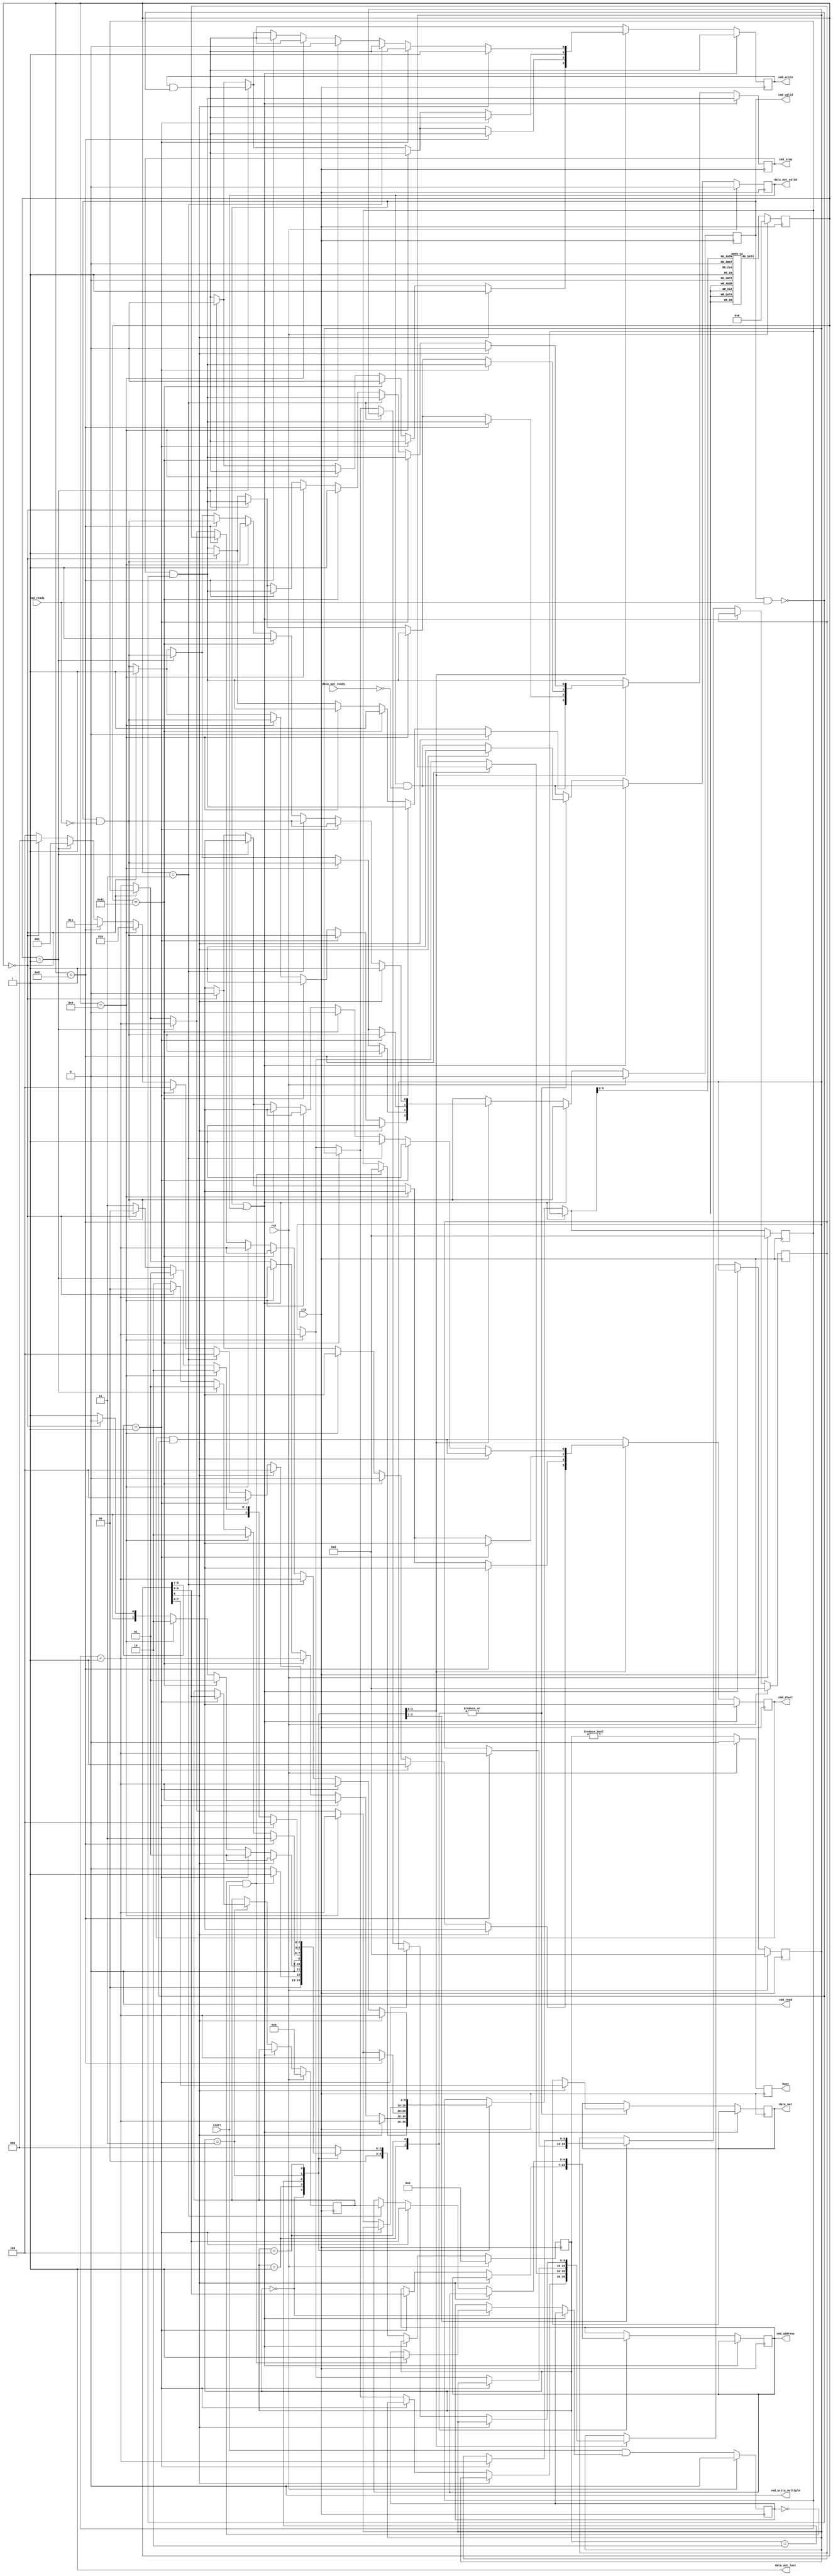
/*

Copyright (c) 2015-2017 Alex Forencich

Permission is hereby granted, free of charge, to any person obtaining a copy
of this software and associated documentation files (the "Software"), to deal
in the Software without restriction, including without limitation the rights
to use, copy, modify, merge, publish, distribute, sublicense, and/or sell
copies of the Software, and to permit persons to whom the Software is
furnished to do so, subject to the following conditions:

The above copyright notice and this permission notice shall be included in
all copies or substantial portions of the Software.

THE SOFTWARE IS PROVIDED "AS IS", WITHOUT WARRANTY OF ANY KIND, EXPRESS OR
IMPLIED, INCLUDING BUT NOT LIMITED TO THE WARRANTIES OF MERCHANTABILITY
FITNESS FOR A PARTICULAR PURPOSE AND NONINFRINGEMENT. IN NO EVENT SHALL THE
AUTHORS OR COPYRIGHT HOLDERS BE LIABLE FOR ANY CLAIM, DAMAGES OR OTHER
LIABILITY, WHETHER IN AN ACTION OF CONTRACT, TORT OR OTHERWISE, ARISING FROM,
OUT OF OR IN CONNECTION WITH THE SOFTWARE OR THE USE OR OTHER DEALINGS IN
THE SOFTWARE.

*/

// Language: Verilog 2001

`timescale 1ns / 1ps

/*
 * I2C init
 */
module i2c_init (
    input  wire        clk,
    input  wire        rst,

    /*
     * I2C master interface
     */
    output wire [6:0]  cmd_address,
    output wire        cmd_start,
    output wire        cmd_read,
    output wire        cmd_write,
    output wire        cmd_write_multiple,
    output wire        cmd_stop,
    output wire        cmd_valid,
    input  wire        cmd_ready,

    output wire [7:0]  data_out,
    output wire        data_out_valid,
    input  wire        data_out_ready,
    output wire        data_out_last,

    /*
     * Status
     */
    output wire        busy,

    /*
     * Configuration
     */
    input  wire        start
);

/*

Generic module for I2C bus initialization.  Good for use when multiple devices
on an I2C bus must be initialized on system start without intervention of a
general-purpose processor.

Copy this file and change init_data and INIT_DATA_LEN as needed.

This module can be used in two modes: simple device initalization, or multiple
device initialization.  In multiple device mode, the same initialization sequence
can be performed on multiple different device addresses.  

To use single device mode, only use the start write to address and write data commands.
The module will generate the I2C commands in sequential order.  Terminate the list
with a 0 entry.  

To use the multiple device mode, use the start data and start address block commands
to set up lists of initialization data and device addresses.  The module enters
multiple device mode upon seeing a start data block command.  The module stores the
offset of the start of the data block and then skips ahead until it reaches a start
address block command.  The module will store the offset to the address block and
read the first address in the block.  Then it will jump back to the data block
and execute it, substituting the stored address for each current address write
command.  Upon reaching the start address block command, the module will read out the
next address and start again at the top of the data block.  If the module encounters
a start data block command while looking for an address, then it will store a new data
offset and then look for a start address block command.  Terminate the list with a 0
entry.  Normal address commands will operate normally inside a data block.

Commands:

00 0000000 : stop
00 0000001 : exit multiple device mode
00 0000011 : start write to current address
00 0001000 : start address block
00 0001001 : start data block
00 1000001 : send I2C stop
01 aaaaaaa : start write to address
1 dddddddd : write 8-bit data

Examples

write 0x11223344 to register 0x0004 on device at 0x50

01 1010000  start write to 0x50
1 00000000  write address 0x0004
1 00000100
1 00010001  write data 0x11223344
1 00100010
1 00110011
1 01000100
0 00000000  stop

write 0x11223344 to register 0x0004 on devices at 0x50, 0x51, 0x52, and 0x53

00 0001001  start data block
00 0000011  start write to current address
1 00000000  write address 0x0004
1 00000100
1 00010001  write data 0x11223344
1 00100010
1 00110011
1 01000100
00 0001000  start address block
01 1010000  address 0x50
01 1010001  address 0x51
01 1010010  address 0x52
01 1010011  address 0x53
00 0000000  stop

*/

// init_data ROM
localparam INIT_DATA_LEN = 33;

reg [8:0] init_data [INIT_DATA_LEN-1:0];

initial begin
	 init_data[0] = {2'b01, 7'h76};
	 init_data[1] = {1'b1, 8'h49};
	 init_data[2] = {1'b1, 8'hc0};
	 init_data[3] = {2'b00, 7'b1000001};
	 
	 init_data[4] = {2'b01, 7'h76};
	 init_data[5] = {1'b1, 8'h21};
	 init_data[6] = {1'b1, 8'h09};
	 init_data[7] = {2'b00, 7'b1000001};
	 
	 init_data[8] = {2'b01, 7'h76};
	 init_data[9] = {1'b1, 8'h33};
	 init_data[10] = {1'b1, 8'h08};
	 init_data[11] = {2'b00, 7'b1000001};
	 
	 init_data[12] = {2'b01, 7'h76};
	 init_data[13] = {1'b1, 8'h34};
	 init_data[14] = {1'b1, 8'h16};
	 init_data[15] = {2'b00, 7'b1000001};
	 
	 init_data[16] = {2'b01, 7'h76};
	 init_data[17] = {1'b1, 8'h36};
	 init_data[18] = {1'b1, 8'h60};
	 init_data[19] = {2'b00, 7'b1000001};
	 
	 //no test pattern
	 init_data[20] = {2'b01, 7'h76};
	 init_data[21] = {1'b1, 8'h48};
	 init_data[22] = {1'b1, 8'h18};
	 init_data[23] = {2'b00, 7'b1000001};
	 
	 //1x pixel clock non inverted
	 init_data[24] = {2'b01, 7'h76};
	 init_data[25] = {1'b1, 8'h1c};
	 init_data[26] = {1'b1, 8'h00};
	 init_data[27] = {2'b00, 7'b1000001};
	 
	 //IDF=0 active high VSYNC and HSYNC
	 init_data[28] = {2'b01, 7'h76};
	 init_data[29] = {1'b1, 8'h1f};
	 init_data[30] = {1'b1, 8'h98};
	 init_data[31] = {2'b00, 7'b1000001};
	 
	 init_data[32] = 9'b0;
end

localparam [3:0]
    STATE_IDLE = 3'd0,
    STATE_RUN = 3'd1,
    STATE_TABLE_1 = 3'd2,
    STATE_TABLE_2 = 3'd3,
    STATE_TABLE_3 = 3'd4;

reg [4:0] state_reg = STATE_IDLE, state_next;

parameter AW = 10;

reg [8:0] init_data_reg = 9'd0;

reg [AW-1:0] address_reg = {AW{1'b0}}, address_next;
reg [AW-1:0] address_ptr_reg = {AW{1'b0}}, address_ptr_next;
reg [AW-1:0] data_ptr_reg = {AW{1'b0}}, data_ptr_next;

reg [6:0] cur_address_reg = 7'd0, cur_address_next;

reg [6:0] cmd_address_reg = 7'd0, cmd_address_next;
reg cmd_start_reg = 1'b0, cmd_start_next;
reg cmd_write_reg = 1'b0, cmd_write_next;
reg cmd_stop_reg = 1'b0, cmd_stop_next;
reg cmd_valid_reg = 1'b0, cmd_valid_next;

reg [7:0] data_out_reg = 8'd0, data_out_next;
reg data_out_valid_reg = 1'b0, data_out_valid_next;

reg start_flag_reg = 1'b0, start_flag_next;

reg busy_reg = 1'b0;

assign cmd_address = cmd_address_reg;
assign cmd_start = cmd_start_reg;
assign cmd_read = 1'b0;
assign cmd_write = cmd_write_reg;
assign cmd_write_multiple = 1'b0;
assign cmd_stop = cmd_stop_reg;
assign cmd_valid = cmd_valid_reg;

assign data_out = data_out_reg;
assign data_out_valid = data_out_valid_reg;
assign data_out_last = 1'b1;

assign busy = busy_reg;

always @* begin
    state_next = STATE_IDLE;

    address_next = address_reg;
    address_ptr_next = address_ptr_reg;
    data_ptr_next = data_ptr_reg;

    cur_address_next = cur_address_reg;

    cmd_address_next = cmd_address_reg;
    cmd_start_next = cmd_start_reg & ~(cmd_valid & cmd_ready);
    cmd_write_next = cmd_write_reg & ~(cmd_valid & cmd_ready);
    cmd_stop_next = cmd_stop_reg & ~(cmd_valid & cmd_ready);
    cmd_valid_next = cmd_valid_reg & ~cmd_ready;

    data_out_next = data_out_reg;
    data_out_valid_next = data_out_valid_reg & ~data_out_ready;

    start_flag_next = start_flag_reg;

    if (cmd_valid | data_out_valid) begin
        // wait for output registers to clear
        state_next = state_reg;
    end else begin
        case (state_reg)
            STATE_IDLE: begin
                // wait for start signal
                if (~start_flag_reg & start) begin
                    address_next = {AW{1'b0}};
                    start_flag_next = 1'b1;
                    state_next = STATE_RUN;
                end else begin
                    state_next = STATE_IDLE;
                end
            end
            STATE_RUN: begin
                // process commands
                if (init_data_reg[8] == 1'b1) begin
                    // write data
                    cmd_write_next = 1'b1;
                    cmd_stop_next = 1'b0;
                    cmd_valid_next = 1'b1;

                    data_out_next = init_data_reg[7:0];
                    data_out_valid_next = 1'b1;
                    
                    address_next = address_reg + 1;
                    
                    state_next = STATE_RUN;
                end else if (init_data_reg[8:7] == 2'b01) begin
                    // write address
                    cmd_address_next = init_data_reg[6:0];
                    cmd_start_next = 1'b1;

                    address_next = address_reg + 1;
                    
                    state_next = STATE_RUN;
                end else if (init_data_reg == 9'b001000001) begin
                    // send stop
                    cmd_write_next = 1'b0;
                    cmd_start_next = 1'b0;
                    cmd_stop_next = 1'b1;
                    cmd_valid_next = 1'b1;

                    address_next = address_reg + 1;

                    state_next = STATE_RUN;
                end else if (init_data_reg == 9'b000001001) begin
                    // data table start
                    data_ptr_next = address_reg + 1;
                    address_next = address_reg + 1;
                    state_next = STATE_TABLE_1;
                end else if (init_data_reg == 9'd0) begin
                    // stop
                    cmd_start_next = 1'b0;
                    cmd_write_next = 1'b0;
                    cmd_stop_next = 1'b1;
                    cmd_valid_next = 1'b1;

                    state_next = STATE_IDLE;
                end else begin
                    // invalid command, skip
                    address_next = address_reg + 1;
                    state_next = STATE_RUN;
                end
            end
            STATE_TABLE_1: begin
                // find address table start
                if (init_data_reg == 9'b000001000) begin
                    // address table start
                    address_ptr_next = address_reg + 1;
                    address_next = address_reg + 1;
                    state_next = STATE_TABLE_2;
                end else if (init_data_reg == 9'b000001001) begin
                    // data table start
                    data_ptr_next = address_reg + 1;
                    address_next = address_reg + 1;
                    state_next = STATE_TABLE_1;
                end else if (init_data_reg == 1) begin
                    // exit mode
                    address_next = address_reg + 1;
                    state_next = STATE_RUN;
                end else if (init_data_reg == 9'd0) begin
                    // stop
                    cmd_start_next = 1'b0;
                    cmd_write_next = 1'b0;
                    cmd_stop_next = 1'b1;
                    cmd_valid_next = 1'b1;

                    state_next = STATE_IDLE;
                end else begin
                    // invalid command, skip
                    address_next = address_reg + 1;
                    state_next = STATE_TABLE_1;
                end
            end
            STATE_TABLE_2: begin
                // find next address
                if (init_data_reg[8:7] == 2'b01) begin
                    // write address command
                    // store address and move to data table
                    cur_address_next = init_data_reg[6:0];
                    address_ptr_next = address_reg + 1;
                    address_next = data_ptr_reg;
                    state_next = STATE_TABLE_3;
                end else if (init_data_reg == 9'b000001001) begin
                    // data table start
                    data_ptr_next = address_reg + 1;
                    address_next = address_reg + 1;
                    state_next = STATE_TABLE_1;
                end else if (init_data_reg == 9'd1) begin
                    // exit mode
                    address_next = address_reg + 1;
                    state_next = STATE_RUN;
                end else if (init_data_reg == 9'd0) begin
                    // stop
                    cmd_start_next = 1'b0;
                    cmd_write_next = 1'b0;
                    cmd_stop_next = 1'b1;
                    cmd_valid_next = 1'b1;

                    state_next = STATE_IDLE;
                end else begin
                    // invalid command, skip
                    address_next = address_reg + 1;
                    state_next = STATE_TABLE_2;
                end
            end
            STATE_TABLE_3: begin
                // process data table with selected address
                if (init_data_reg[8] == 1'b1) begin
                    // write data
                    cmd_write_next = 1'b1;
                    cmd_stop_next = 1'b0;
                    cmd_valid_next = 1'b1;

                    data_out_next = init_data_reg[7:0];
                    data_out_valid_next = 1'b1;

                    address_next = address_reg + 1;

                    state_next = STATE_TABLE_3;
                end else if (init_data_reg[8:7] == 2'b01) begin
                    // write address
                    cmd_address_next = init_data_reg[6:0];
                    cmd_start_next = 1'b1;

                    address_next = address_reg + 1;

                    state_next = STATE_TABLE_3;
                end else if (init_data_reg == 9'b000000011) begin
                    // write current address
                    cmd_address_next = cur_address_reg;
                    cmd_start_next = 1'b1;

                    address_next = address_reg + 1;

                    state_next = STATE_TABLE_3;
                end else if (init_data_reg == 9'b001000001) begin
                    // send stop
                    cmd_write_next = 1'b0;
                    cmd_start_next = 1'b0;
                    cmd_stop_next = 1'b1;
                    cmd_valid_next = 1'b1;

                    address_next = address_reg + 1;

                    state_next = STATE_TABLE_3;
                end else if (init_data_reg == 9'b000001001) begin
                    // data table start
                    data_ptr_next = address_reg + 1;
                    address_next = address_reg + 1;
                    state_next = STATE_TABLE_1;
                end else if (init_data_reg == 9'b000001000) begin
                    // address table start
                    address_next = address_ptr_reg;
                    state_next = STATE_TABLE_2;
                end else if (init_data_reg == 9'd1) begin
                    // exit mode
                    address_next = address_reg + 1;
                    state_next = STATE_RUN;
                end else if (init_data_reg == 9'd0) begin
                    // stop
                    cmd_start_next = 1'b0;
                    cmd_write_next = 1'b0;
                    cmd_stop_next = 1'b1;
                    cmd_valid_next = 1'b1;

                    state_next = STATE_IDLE;
                end else begin
                    // invalid command, skip
                    address_next = address_reg + 1;
                    state_next = STATE_TABLE_3;
                end
            end
        endcase
    end
end

always @(posedge clk) begin
    if (rst) begin
        state_reg <= STATE_IDLE;

        init_data_reg <= 9'd0;

        address_reg <= {AW{1'b0}};
        address_ptr_reg <= {AW{1'b0}};
        data_ptr_reg <= {AW{1'b0}};

        cur_address_reg <= 7'd0;

        cmd_valid_reg <= 1'b0;

        data_out_valid_reg <= 1'b0;

        start_flag_reg <= 1'b0;

        busy_reg <= 1'b0;
    end else begin
        state_reg <= state_next;

        // read init_data ROM
        init_data_reg <= init_data[address_next];

        address_reg <= address_next;
        address_ptr_reg <= address_ptr_next;
        data_ptr_reg <= data_ptr_next;

        cur_address_reg <= cur_address_next;

        cmd_valid_reg <= cmd_valid_next;

        data_out_valid_reg <= data_out_valid_next;

        start_flag_reg <= start & start_flag_next;

        busy_reg <= (state_reg != STATE_IDLE);
    end

    cmd_address_reg <= cmd_address_next;
    cmd_start_reg <= cmd_start_next;
    cmd_write_reg <= cmd_write_next;
    cmd_stop_reg <= cmd_stop_next;

    data_out_reg <= data_out_next;
end

endmodule